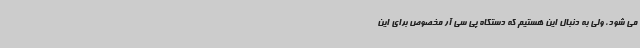
می شود، ولی به دنبال این هستیم که دستگاه پی سی آر مخصوص برای این